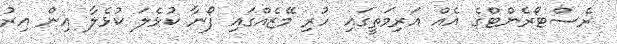
ރެސްޓޯރެންޓްގެ އެއް އަރިމަތީގައި ހުރި މޭޒެއްގައި ފޯނާ ކުޅެލަ ކުޅެލާ އިން އިރު